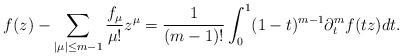
LaTeX: \begin{align*}f(z)-\sum_{|\mu|\le m-1}\frac{f_{\mu}}{\mu!}z^{\mu}=\frac{1}{(m-1)!}\int_{0}^{1}(1-t)^{m-1}\partial_{t}^{m}f(tz)dt.\end{align*}